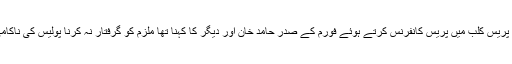
پشاور پریس کلب میں پریس کانفرنس کرتے ہوئے فورم کے صدر حامد خان اور دیگر کا کہنا تھا ملزم کو گرفتار نہ کرنا پولیس کی ناکامی ہے۔